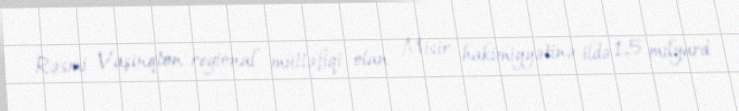
Rəsmi Vaşinqton regional müttəfiqi olan Misir hakimiyyətinə ildə 1,5 milyard